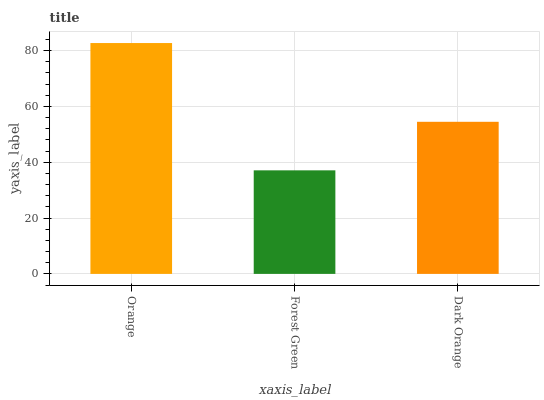
| xaxis_label | bars |
 | --- | --- |
 | Orange | 82.7 |
 | Forest Green | 37.1 |
 | Dark Orange | 54.5 |